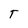
Character: T